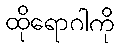
ထိုရောဂါကို